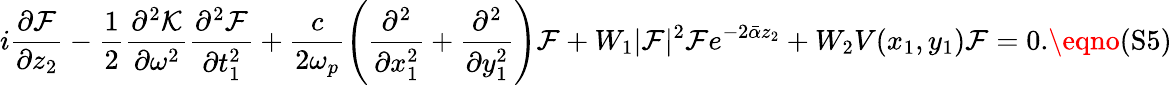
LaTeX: i\frac{\partial\mathcal{F}}{\partial z_{2}}-\frac{1}{2}\frac{\partial^{2}\mathcal{K}}{\partial\omega^{2}}\frac{\partial^{2}\mathcal{F}}{\partial t_{1}^{2}}+\frac{c}{2\omega_{p}}\left(\frac{\partial^{2}}{\partial x_{1}^{2}}+\frac{\partial^{2}}{\partial y_{1}^{2}}\right)\mathcal{F}+W_{1}|\mathcal{F}|^{2}\mathcal{F}e^{-2\bar{\alpha}z_{2}}+W_{2}V(x_{1},y_{1})\mathcal{F}=0.\eqno{(\textrm{S5})}